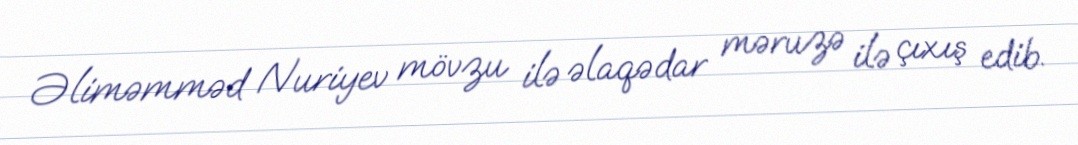
Əliməmməd Nuriyev mövzu ilə əlaqədar məruzə ilə çıxış edib.